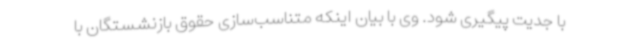
با جدیت پیگیری شود. وی با بیان اینکه متناسب‌سازی حقوق بازنشستگان با